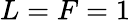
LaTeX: L=F=1